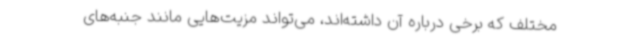
مختلف که برخی درباره آن داشته‌اند، می‌تواند مزیت‌هایی مانند جنبه‌های